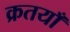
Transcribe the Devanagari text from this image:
क्रतयाँ